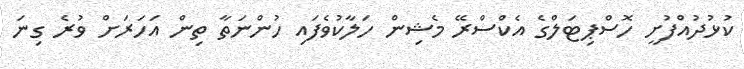
ކުޅުދުއްފުށީ ހޮސްޕިޓަލްގެ އެކްސްރޭ މެޝިން ހަލާކުވެފައި ހުންނަތާ ތިން އަހަރަށް ވުރެ ގިނަ